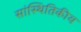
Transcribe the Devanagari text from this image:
सांस्थितिकीय